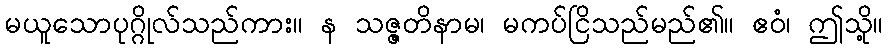
မယူသောပုဂ္ဂိုလ်သည်ကား။ န သဇ္ဇတိနာမ၊ မကပ်ငြိသည်မည်၏။ ဧဝံ၊ ဤသို့။